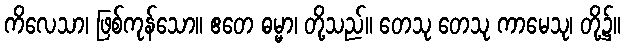
ကိလေသာ၊ ဖြစ်ကုန်သော။ ဧတေ ဓမ္မာ၊ တို့သည်။ တေသု တေသု ကာမေသု၊ တို့၌။